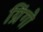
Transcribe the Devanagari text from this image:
ग्रिंगो